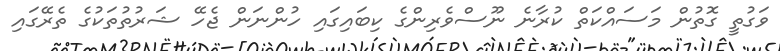
ވަގުތީ ގޮތުން މަސައްކަތް ކުރާނެ ނޫސްވެރިންގެ ކިބައިގައި ހުންނަން ޖެހޭ ޝަރުތުތަކުގެ ތެރޭގައި